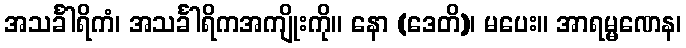
အသင်္ခါရိကံ၊ အသင်္ခါရိကအကျိုးကို။ နော (ဒေတိ)၊ မပေး။ အာရမ္မဏေန၊